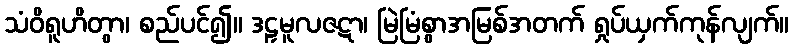
သံဝိရူဟိတွာ၊ စည်ပင်၍။ ဒဠှမူလဇဋာ၊ မြဲမြံစွာအမြစ်အတက် ရှုပ်ယှက်ကုန်လျက်။